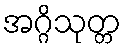
အဂ္ဂိသုတ္တ